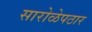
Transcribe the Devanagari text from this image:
सारोळेपठार